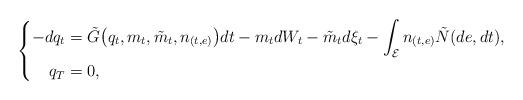
LaTeX: \begin{align*}\left\{\begin{aligned}-dq_t&=\tilde{G}\big(q_t,m_t,\tilde{m}_t,n_{(t,e)}\big)dt-m_tdW_t-\tilde{m}_td\xi_t-\int_{\mathcal{E}}n_{(t,e)}\tilde{N}(de,dt),\\q_T&=0,\end{aligned}\right.\end{align*}